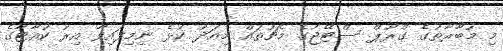
މި މުބާރާތުގެ ގްރޫޕް ސްޓޭޖުގެ މެޗުތައް މިއަދު ކުޅެ ނިމިފައިވާ އިރު ކުއާޓާގެ